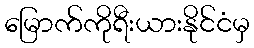
မြောက်ကိုရီးယားနိုင်ငံမှ